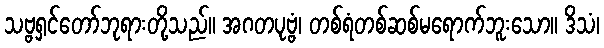
သဗ္ဗရှင်တော်ဘုရားတို့သည်။ အဂတပုဗ္ဗံ၊ တစ်ရံတစ်ဆစ်မရောက်ဘူးသော။ ဒိသံ၊